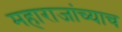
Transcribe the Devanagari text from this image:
महाराजांच्याच